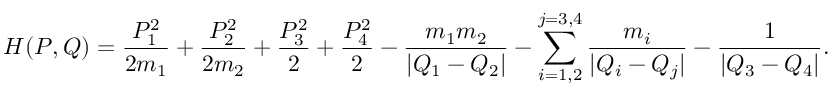
H ( P , Q ) = \frac { P _ { 1 } ^ { 2 } } { 2 m _ { 1 } } + \frac { P _ { 2 } ^ { 2 } } { 2 m _ { 2 } } + \frac { P _ { 3 } ^ { 2 } } { 2 } + \frac { P _ { 4 } ^ { 2 } } { 2 } - \frac { m _ { 1 } m _ { 2 } } { | Q _ { 1 } - Q _ { 2 } | } - \sum _ { i = 1 , 2 } ^ { j = 3 , 4 } \frac { m _ { i } } { | Q _ { i } - Q _ { j } | } - \frac { 1 } { | Q _ { 3 } - Q _ { 4 } | } .